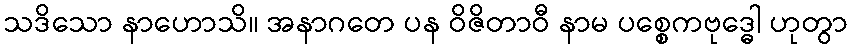
သဒိသော နာဟောသိ။ အနာဂတေ ပန ဝိဇိတာဝီ နာမ ပစ္စေကဗုဒ္ဓေါ ဟုတွာ